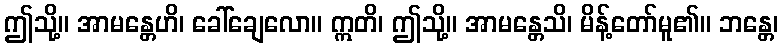
ဤသို့။ အာမန္တေဟိ၊ ခေါ်ချေလော။ ဣတိ၊ ဤသို့။ အာမန္တေသိ၊ မိန့်တော်မူ၏။ ဘန္တေ၊